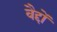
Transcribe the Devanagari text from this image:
वैद्दों